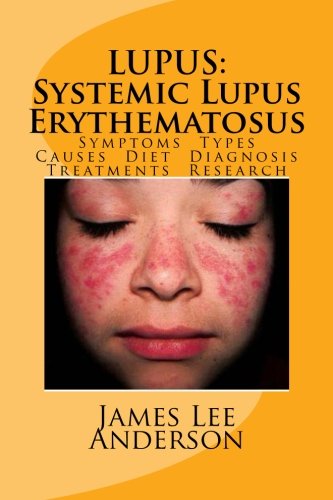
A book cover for LUPUS:  Systemic Lupus Erythematosus: Symptoms. Types. Causes. Diet.  Diagnosis. Treatments. Research.; James Lee Anderson; Health, Fitness & Dieting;